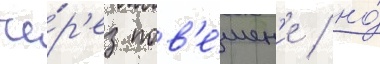
че́р'ез пов'е́шен'ие / но́